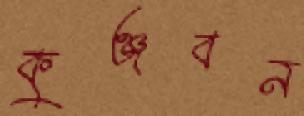
কুঞ্জবন